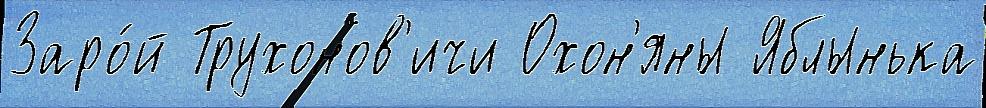
Заро́й Трухонов'ичи Охон'яны Яблынька